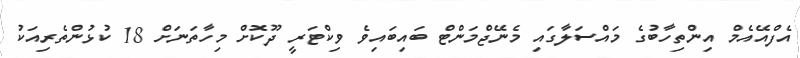
އެފްއޭއެމް އިންތިހާބުގެ މައްސަލާގައި މެނޭޖްމަންޓް ބައިބައިވެ ވިކްޓަރީ ދޫކޮށް މިހާތަނަށް 18 ކުޅުންތެރިއަކު